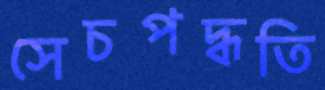
সেচপদ্ধতি